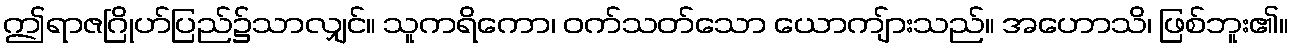
ဤရာဇဂြိုဟ်ပြည်၌သာလျှင်။ သူကရိကော၊ ဝက်သတ်သော ယောကျ်ားသည်။ အဟောသိ၊ ဖြစ်ဘူး၏။